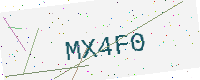
Text: MX4F0